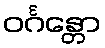
ဝင်္ဂန္တော